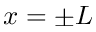
x = \pm L